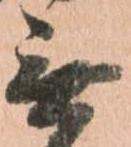
無